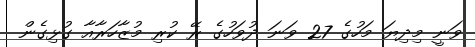
ވަނީ މިދިޔަ މަހުގެ 27 ވަނަ ދުވަހުގެ ރޭ ކުރި މުޒާހަރާއާ ގުޅިގެން